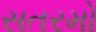
સતરમો